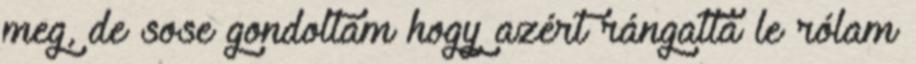
meg, de sose gondoltam hogy azért rángatta le rólam